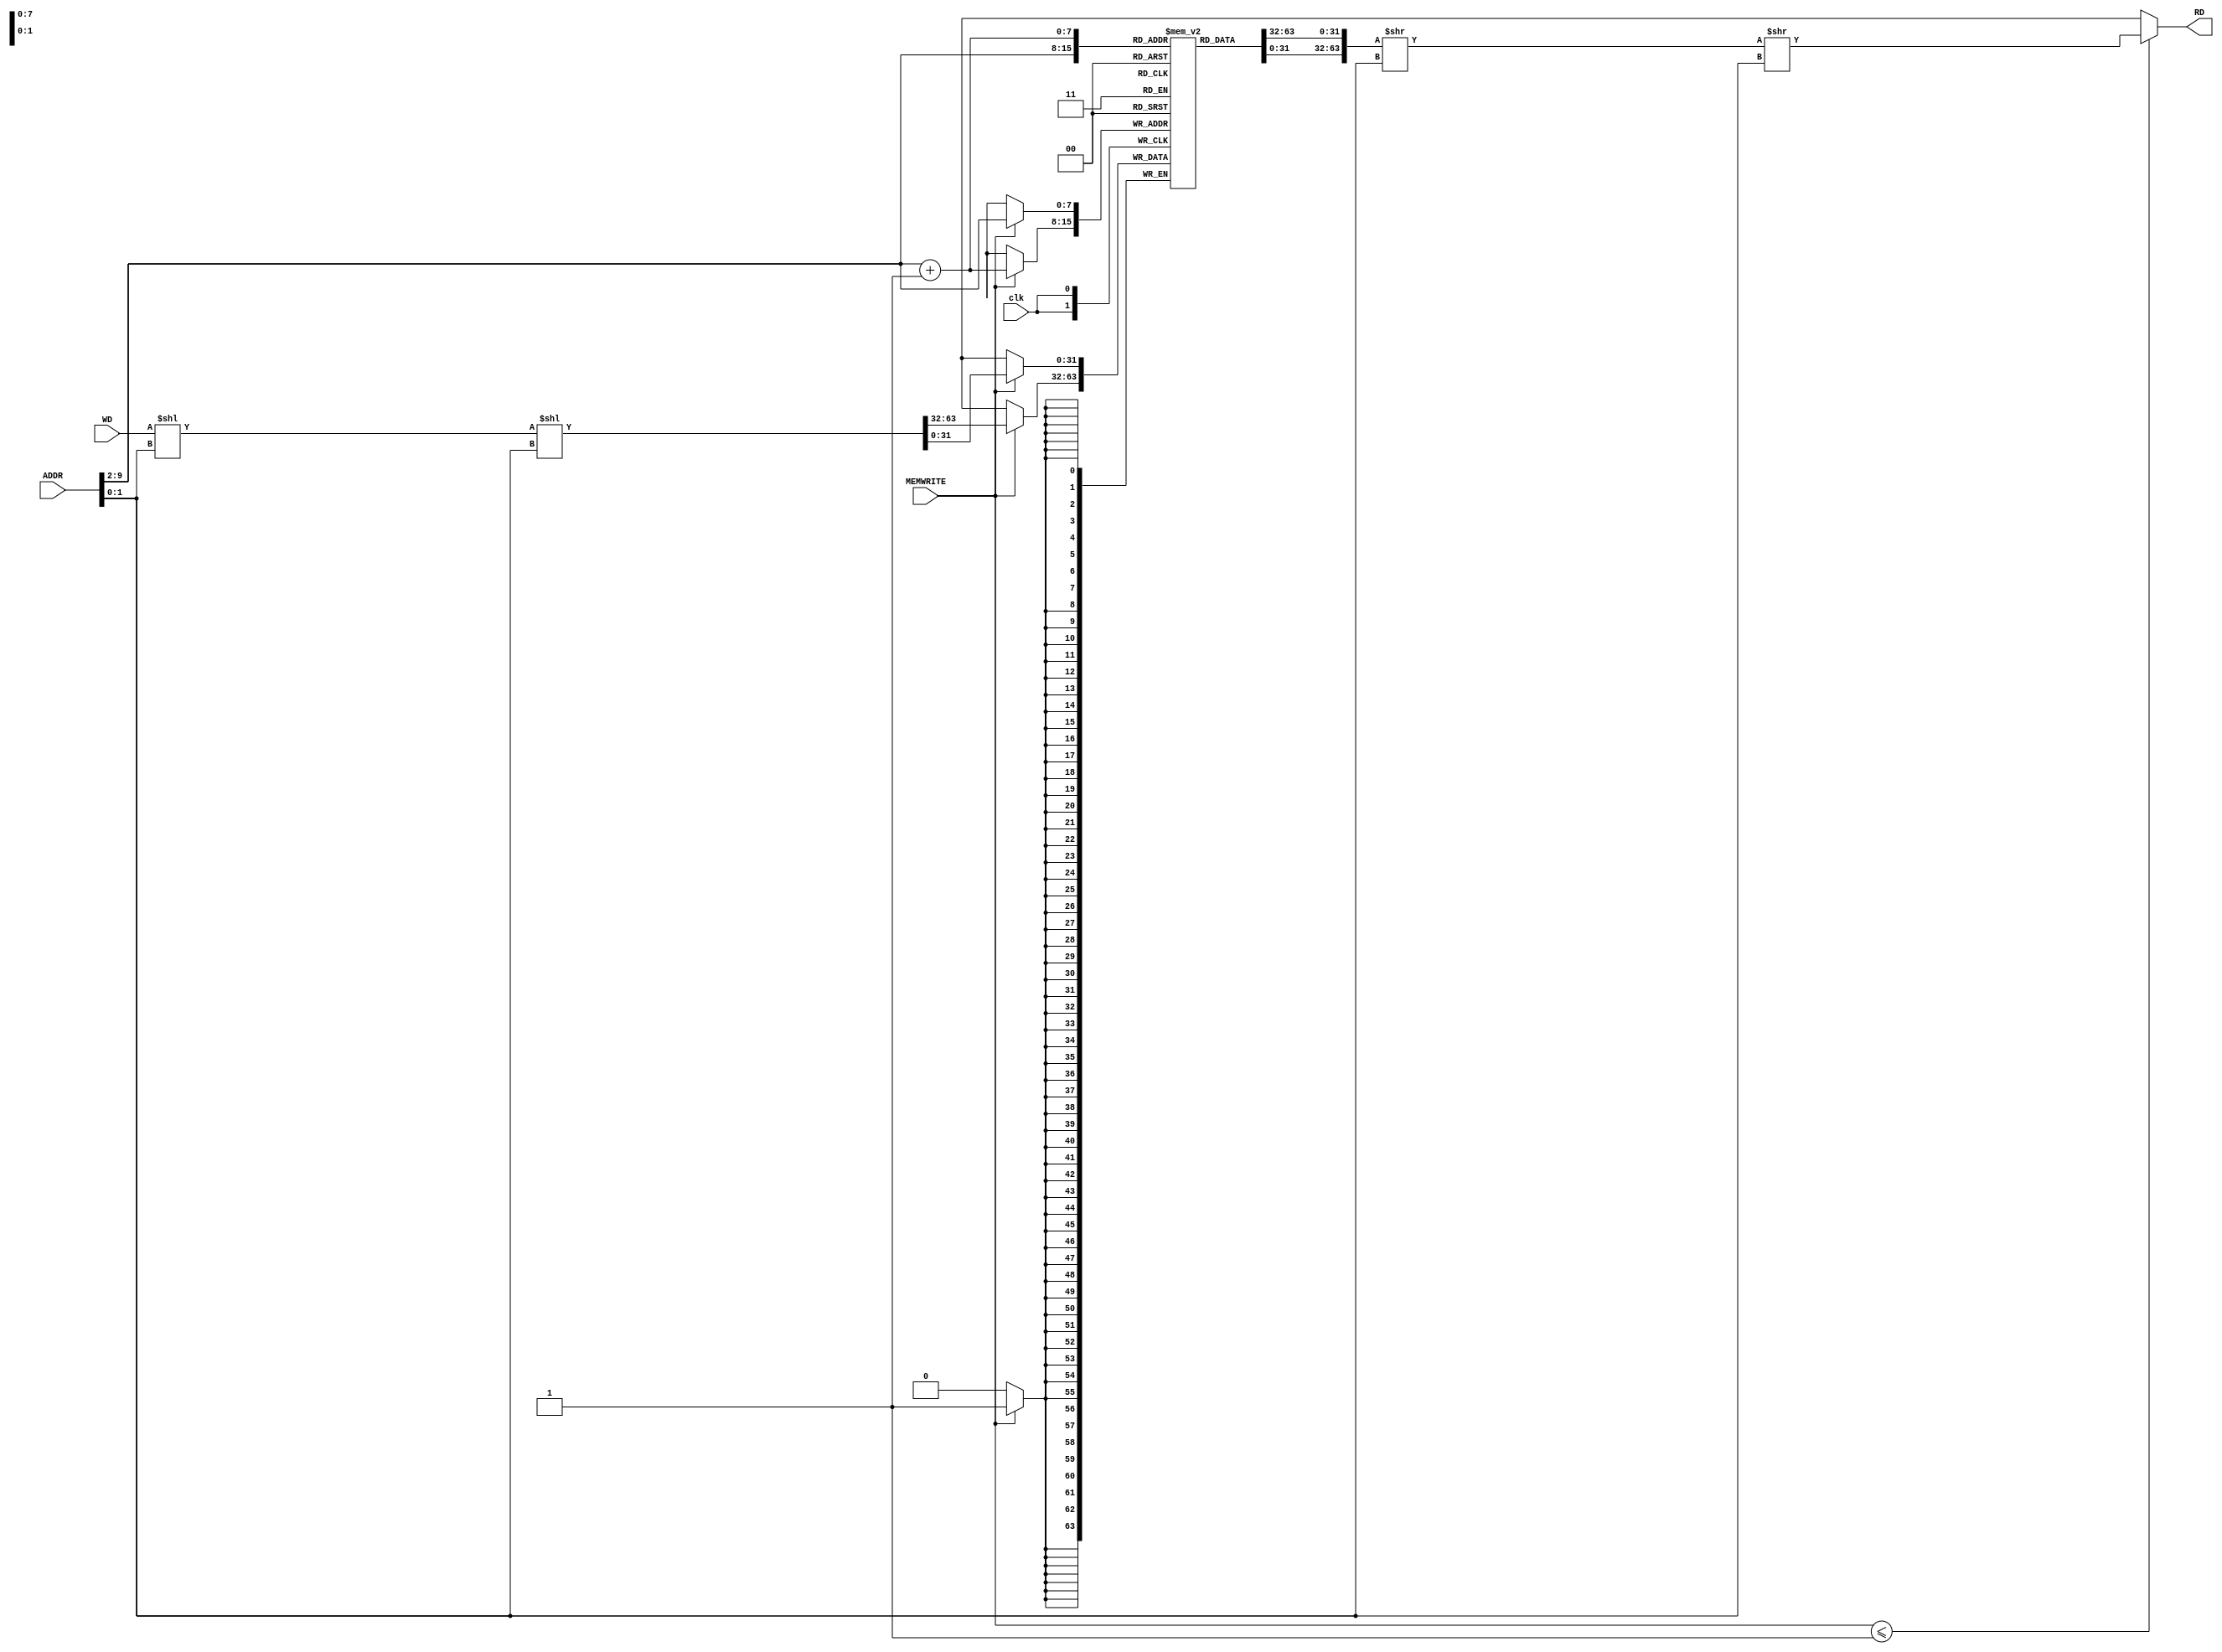
// data memory
module dm(
        input clk,
        input [31:0] WD,
        input [31:0] ADDR,
        input MEMWRITE,
        output [31:0] RD
        );
        reg [31:0] ram_content [255:0]; // ONE-HOT lines.
        
        initial begin
        ram_content[0] = 0;
        ram_content[1] = 0;
        ram_content[2] = 0;
        ram_content[3] = 0;
        ram_content[4] = 0;
        ram_content[5] = 0;
        ram_content[6] = 0;
        ram_content[7] = 0;
        ram_content[8] = 0;
        ram_content[9] = 0;
        ram_content[10] = 0;
        ram_content[11] = 0;
        ram_content[12] = 0;
        ram_content[13] = 0;
        ram_content[14] = 0;
        ram_content[15] = 0;
        ram_content[16] = 0;
        ram_content[17] = 0;
        ram_content[18] = 0;
        ram_content[19] = 0;
        ram_content[20] = 0;
        ram_content[21] = 0;
        ram_content[22] = 0;
        ram_content[23] = 0;
        ram_content[24] = 0;
        ram_content[25] = 0;
        ram_content[26] = 0;
        ram_content[27] = 0;
        ram_content[28] = 0;
        ram_content[29] = 0;
        ram_content[30] = 0;
        ram_content[31] = 0;
        ram_content[32] = 0;
        ram_content[33] = 0;
        ram_content[34] = 0;
        ram_content[35] = 0;
        ram_content[36] = 0;
        ram_content[37] = 0;
        ram_content[38] = 0;
        ram_content[39] = 0;
        ram_content[40] = 0;
        ram_content[41] = 0;
        ram_content[42] = 0;
        ram_content[43] = 0;
        ram_content[44] = 0;
        ram_content[45] = 0;
        ram_content[46] = 0;
        ram_content[47] = 0;
        ram_content[48] = 0;
        ram_content[49] = 0;
        ram_content[50] = 0;
        ram_content[51] = 0;
        ram_content[52] = 0;
        ram_content[53] = 0;
        ram_content[54] = 0;
        ram_content[55] = 0;
        ram_content[56] = 0;
        ram_content[57] = 0;
        ram_content[58] = 0;
        ram_content[59] = 0;
        ram_content[60] = 0;
        ram_content[61] = 0;
        ram_content[62] = 0;
        ram_content[63] = 0;
        ram_content[64] = 0;
        ram_content[65] = 0;
        ram_content[66] = 0;
        ram_content[67] = 0;
        ram_content[68] = 0;
        ram_content[69] = 0;
        ram_content[70] = 0;
        ram_content[71] = 0;
        ram_content[72] = 0;
        ram_content[73] = 0;
        ram_content[74] = 0;
        ram_content[75] = 0;
        ram_content[76] = 0;
        ram_content[77] = 0;
        ram_content[78] = 0;
        ram_content[79] = 0;
        ram_content[80] = 0;
        ram_content[81] = 0;
        ram_content[82] = 0;
        ram_content[83] = 0;
        ram_content[84] = 0;
        ram_content[85] = 0;
        ram_content[86] = 0;
        ram_content[87] = 0;
        ram_content[88] = 0;
        ram_content[89] = 0;
        ram_content[90] = 0;
        ram_content[91] = 0;
        ram_content[92] = 0;
        ram_content[93] = 0;
        ram_content[94] = 0;
        ram_content[95] = 0;
        ram_content[96] = 0;
        ram_content[97] = 0;
        ram_content[98] = 0;
        ram_content[99] = 0;
        ram_content[100] = 0;
        ram_content[101] = 0;
        ram_content[102] = 0;
        ram_content[103] = 0;
        ram_content[104] = 0;
        ram_content[105] = 0;
        ram_content[106] = 0;
        ram_content[107] = 0;
        ram_content[108] = 0;
        ram_content[109] = 0;
        ram_content[110] = 0;
        ram_content[111] = 0;
        ram_content[112] = 0;
        ram_content[113] = 0;
        ram_content[114] = 0;
        ram_content[115] = 0;
        ram_content[116] = 0;
        ram_content[117] = 0;
        ram_content[118] = 0;
        ram_content[119] = 0;
        ram_content[120] = 0;
        ram_content[121] = 0;
        ram_content[122] = 0;
        ram_content[123] = 0;
        ram_content[124] = 0;
        ram_content[125] = 0;
        ram_content[126] = 0;
        ram_content[127] = 0;
        ram_content[128] = 0;
        ram_content[129] = 0;
        ram_content[130] = 0;
        ram_content[131] = 0;
        ram_content[132] = 0;
        ram_content[133] = 0;
        ram_content[134] = 0;
        ram_content[135] = 0;
        ram_content[136] = 0;
        ram_content[137] = 0;
        ram_content[138] = 0;
        ram_content[139] = 0;
        ram_content[140] = 0;
        ram_content[141] = 0;
        ram_content[142] = 0;
        ram_content[143] = 0;
        ram_content[144] = 0;
        ram_content[145] = 0;
        ram_content[146] = 0;
        ram_content[147] = 0;
        ram_content[148] = 0;
        ram_content[149] = 0;
        ram_content[150] = 0;
        ram_content[151] = 0;
        ram_content[152] = 0;
        ram_content[153] = 0;
        ram_content[154] = 0;
        ram_content[155] = 0;
        ram_content[156] = 0;
        ram_content[157] = 0;
        ram_content[158] = 0;
        ram_content[159] = 0;
        ram_content[160] = 0;
        ram_content[161] = 0;
        ram_content[162] = 0;
        ram_content[163] = 0;
        ram_content[164] = 0;
        ram_content[165] = 0;
        ram_content[166] = 0;
        ram_content[167] = 0;
        ram_content[168] = 0;
        ram_content[169] = 0;
        ram_content[170] = 0;
        ram_content[171] = 0;
        ram_content[172] = 0;
        ram_content[173] = 0;
        ram_content[174] = 0;
        ram_content[175] = 0;
        ram_content[176] = 0;
        ram_content[177] = 0;
        ram_content[178] = 0;
        ram_content[179] = 0;
        ram_content[180] = 0;
        ram_content[181] = 0;
        ram_content[182] = 0;
        ram_content[183] = 0;
        ram_content[184] = 0;
        ram_content[185] = 0;
        ram_content[186] = 0;
        ram_content[187] = 0;
        ram_content[188] = 0;
        ram_content[189] = 0;
        ram_content[190] = 0;
        ram_content[191] = 0;
        ram_content[192] = 0;
        ram_content[193] = 0;
        ram_content[194] = 0;
        ram_content[195] = 0;
        ram_content[196] = 0;
        ram_content[197] = 0;
        ram_content[198] = 0;
        ram_content[199] = 0;
        ram_content[200] = 0;
        ram_content[201] = 0;
        ram_content[202] = 0;
        ram_content[203] = 0;
        ram_content[204] = 0;
        ram_content[205] = 0;
        ram_content[206] = 0;
        ram_content[207] = 0;
        ram_content[208] = 0;
        ram_content[209] = 0;
        ram_content[210] = 0;
        ram_content[211] = 0;
        ram_content[212] = 0;
        ram_content[213] = 0;
        ram_content[214] = 0;
        ram_content[215] = 0;
        ram_content[216] = 0;
        ram_content[217] = 0;
        ram_content[218] = 0;
        ram_content[219] = 0;
        ram_content[220] = 0;
        ram_content[221] = 0;
        ram_content[222] = 0;
        ram_content[223] = 0;
        ram_content[224] = 0;
        ram_content[225] = 0;
        ram_content[226] = 0;
        ram_content[227] = 0;
        ram_content[228] = 0;
        ram_content[229] = 0;
        ram_content[230] = 0;
        ram_content[231] = 0;
        ram_content[232] = 0;
        ram_content[233] = 0;
        ram_content[234] = 0;
        ram_content[235] = 0;
        ram_content[236] = 0;
        ram_content[237] = 0;
        ram_content[238] = 0;
        ram_content[239] = 0;
        ram_content[240] = 0;
        ram_content[241] = 0;
        ram_content[242] = 0;
        ram_content[243] = 0;
        ram_content[244] = 0;
        ram_content[245] = 0;
        ram_content[246] = 0;
        ram_content[247] = 0;
        ram_content[248] = 0;
        ram_content[249] = 0;
        ram_content[250] = 0;
        ram_content[251] = 0;
        ram_content[252] = 0;
        ram_content[253] = 0;
        ram_content[254] = 0;
        ram_content[255] = 0;
        end
        
        always@(posedge clk)
            if(MEMWRITE) begin
                // we write in offsets of 32 bits, so
                // we ignore bits 0 and 1 (division by 4)
                // we can also store with offset using this instruction.
                // basically, RAM[OFFSET/4 << 2*OFFSET%4] = value. 
                {ram_content[ADDR[31:2] + 1], ram_content[ADDR[31:2]]} <= ((WD << ADDR[1:0]) << ADDR[1:0]);
            end
        
        // we can also load with offset using this.
        wire [63:0] auxreg_lwoffset;
        assign auxreg_lwoffset = (({ram_content[ADDR[31:2] + 1], ram_content[ADDR[31:2]]} >> ADDR[1:0]) >> ADDR[1:0]); 
            
        assign RD = (MEMWRITE <= 1'b1) ?
                    auxreg_lwoffset[31:0]
                    : {32{1'bx}};
endmodule

/*
module tb_dm;
    reg clk;
    reg [31:0] WD;
    reg [31:0] ADDR;
    reg MEMWRITE;
    wire [31:0] RD;
    
    dm dm_dut(
        .clk(clk),
        .WD(WD),
        .ADDR(ADDR),
        .MEMWRITE(MEMWRITE),
        .RD(RD)
        );
        
        initial
            #100 $finish;
            
        initial begin
            #0 clk = 1'b0;
            forever #5 clk = ~clk;
            end
endmodule*/